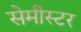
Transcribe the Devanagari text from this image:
सेमीस्टर